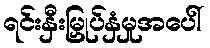
ရင်းနှီးမြှုပ်နှံမှုအပေါ်